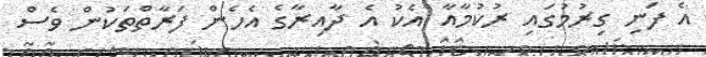
އެ ފަނި ގިރުމުގައި ރުކުމާއާ އެކު އެ ދާއިރާގެ އެހެން ފަރާތްތަކުން ވެސް